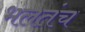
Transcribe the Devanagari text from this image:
भलतंच